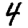
Digit: 4